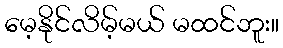
မေ့နိုင်လိမ့်မယ် မထင်ဘူး။